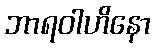
ဘာရဝါဟိနော